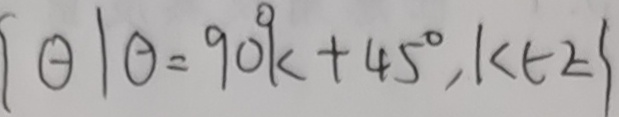
\vert \theta \vert \theta = 9 0 ^ { \circ } k + 4 5 ^ { \circ } , k \in Z \vert